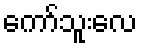
ကော်သူးလေ